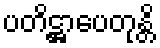
ပတိဋ္ဌာပေတုန္တိ